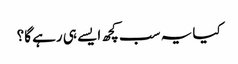
کیا یہ سب کچھ ایسے ہی رہے گا؟